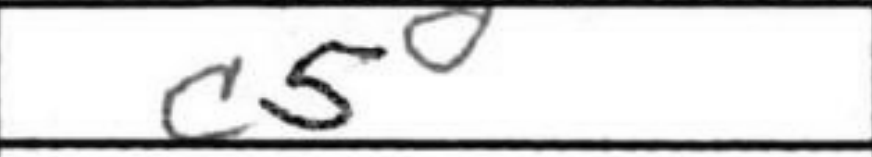
Transcription: c5